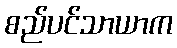
စည်ပင်သာယာက